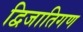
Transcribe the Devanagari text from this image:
द्विजातिगण